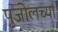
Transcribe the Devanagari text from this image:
पुजोलच्या